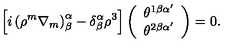
\left[ i \left( \rho ^ { m } \nabla _ { m } \right) _ { \beta } ^ { \alpha } - \delta _ { \beta } ^ { \alpha } \rho ^ { 3 } \right] \left( \begin{array} { c } { \theta ^ { 1 \beta \alpha ^ { \prime } } } \\ { \theta ^ { 2 \beta \alpha ^ { \prime } } } \\ \end{array} \right) = 0 .